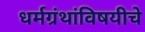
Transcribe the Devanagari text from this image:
धर्मग्रंथांविषयीचे